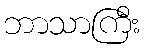
ဘာသာကြီး